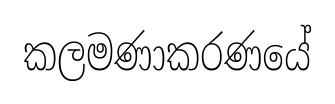
කලමණාකරණයේ